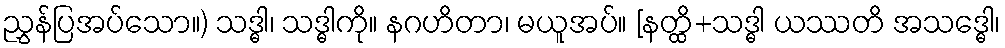
ညွှန်ပြအပ်သော။) သဒ္ဓါ၊ သဒ္ဓါကို။ နဂဟိတာ၊ မယူအပ်။ [နတ္ထိ+သဒ္ဓါ ယဿတိ အသဒ္ဓေါ၊